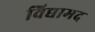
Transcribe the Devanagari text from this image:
विद्यामद